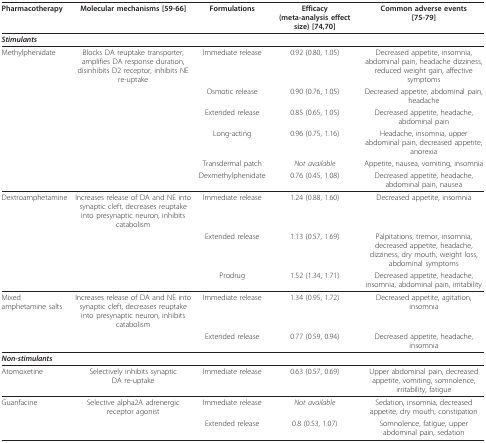
<table><thead><tr><td><b>Pharmacotherapy</b></td><td><b>Molecular mechanisms [59-66]</b></td><td><b>Formulations</b></td><td><b>Efficacy(meta-analysis effect size) [74,70]</b></td><td><b>Common adverse events[75-79]</b></td></tr></thead><tbody><tr><td colspan="5"><b><i>Stimulants</i></b></td></tr><tr><td>Methylphenidate</td><td>Blocks DA reuptake transporter, amplifies DA response duration, disinhibits D2 receptor, inhibits NE re-uptake</td><td>Immediate release</td><td>0.92 (0.80, 1.05)</td><td>Decreased appetite, insomnia, abdominal pain, headache dizziness, reduced weight gain, affective symptoms</td></tr><tr><td></td><td></td><td>Osmotic release</td><td>0.90 (0.76, 1.05)</td><td>Decreased appetite, abdominal pain, headache</td></tr><tr><td></td><td></td><td>Extended release</td><td>0.85 (0.65, 1.05)</td><td>Decreased appetite, headache, abdominal pain</td></tr><tr><td></td><td></td><td>Long-acting</td><td>0.96 (0.75, 1.16)</td><td>Headache, insomnia, upper abdominal pain, decreased appetite, anorexia</td></tr><tr><td></td><td></td><td>Transdermal patch</td><td><i>Not available</i></td><td>Appetite, nausea, vomiting, insomnia</td></tr><tr><td></td><td></td><td>Dexmethylphenidate</td><td>0.76 (0.45, 1.08)</td><td>Decreased appetite, headache, abdominal pain, nausea</td></tr><tr><td>Dextroamphetamine</td><td>Increases release of DA and NE into synaptic cleft, decreases reuptake into presynaptic neuron, inhibits catabolism</td><td>Immediate release</td><td>1.24 (0.88, 1.60)</td><td>Decreased appetite, insomnia</td></tr><tr><td></td><td></td><td>Extended release</td><td>1.13 (0.57, 1.69)</td><td>Palpitations, tremor, insomnia, decreased appetite, headache, dizziness, dry mouth, weight loss, abdominal symptoms</td></tr><tr><td></td><td></td><td>Prodrug</td><td>1.52 (1.34, 1.71)</td><td>Decreased appetite, headache, insomnia, abdominal pain, irritability</td></tr><tr><td>Mixed amphetamine salts</td><td>Increases release of DA and NE into synaptic cleft, decreases reuptake into presynaptic neuron, inhibits catabolism</td><td>Immediate release</td><td>1.34 (0.95, 1.72)</td><td>Decreased appetite, agitation, insomnia</td></tr><tr><td></td><td></td><td>Extended release</td><td>0.77 (0.59, 0.94)</td><td>Decreased appetite, headache, insomnia</td></tr><tr><td colspan="5"><b><i>Non-stimulants</i></b></td></tr><tr><td>Atomoxetine</td><td>Selectively inhibits synapticDA re-uptake</td><td>Immediate release</td><td>0.63 (0.57, 0.69)</td><td>Upper abdominal pain, decreased appetite, vomiting, somnolence, irritability, fatigue</td></tr><tr><td>Guanfacine</td><td>Selective alpha2A adrenergic receptor agonist</td><td>Immediate release</td><td><i>Not available</i></td><td>Sedation, insomnia, decreased appetite, dry mouth, constipation</td></tr><tr><td></td><td></td><td>Extended release</td><td>0.8 (0.53, 1.07)</td><td>Somnolence, fatigue, upper abdominal pain, sedation</td></tr></tbody></table>